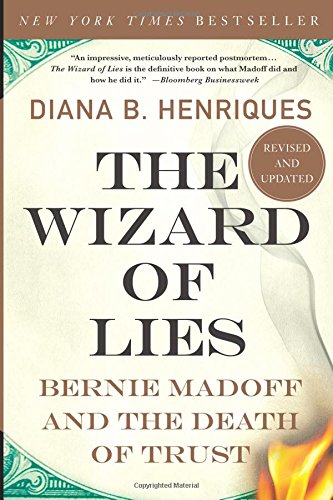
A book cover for The Wizard of Lies: Bernie Madoff and the Death of Trust; Diana B. Henriques; Business & Money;